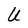
Character: U